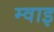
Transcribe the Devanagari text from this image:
म्वाइ